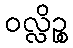
ဝလ္လိဉ္စ